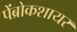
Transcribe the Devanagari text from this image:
पेंब्रोकशायर